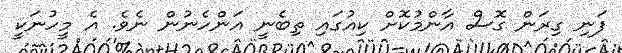
ފަނި ގިރަން ގޮސް އާންމުކޮށް ކިއުގައި ތިބެނީ އަންހެނުން ނެވެ. އެ މީހުނަކީ